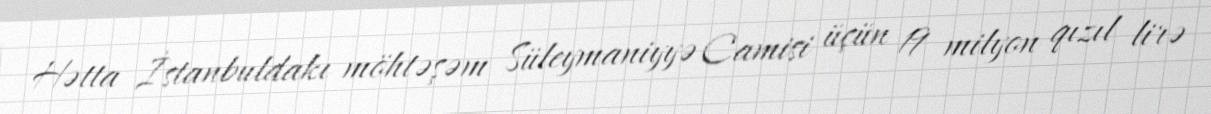
Hətta İstanbuldakı möhtəşəm Süleymaniyyə Camisi üçün 19 milyon qızıl lirə